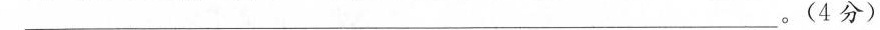
___。(4分)